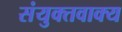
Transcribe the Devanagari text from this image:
संयुक्तवाक्य